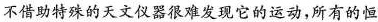
不借助特殊的天文仪器很难发现它的运动，所有的恒